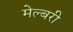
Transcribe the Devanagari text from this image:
मेल्बरी